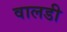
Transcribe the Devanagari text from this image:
वालडी